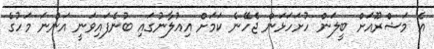
އެ މަޝްރޫއަށް ބީލަން ހުށަހަޅަން ޖެހޭނެ ކަމަށް އިއުލާނުގައި ބުނެފައިވަނީ އަންނަ މަހުގެ